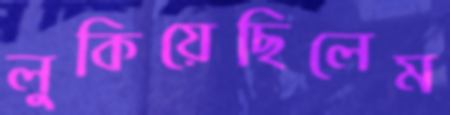
লুকিয়েছিলেম